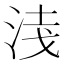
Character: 𭰦